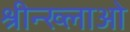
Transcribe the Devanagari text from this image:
श्रीन्ख्लाओ